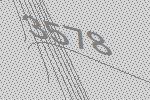
3578